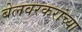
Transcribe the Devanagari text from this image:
बेलवरकरांच्या